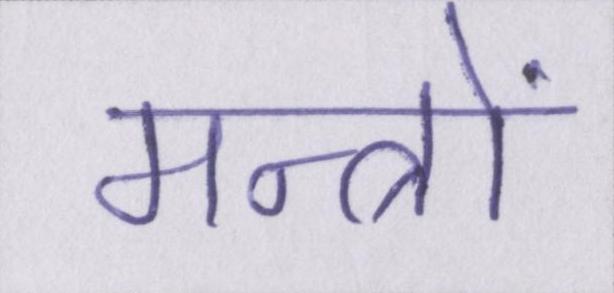
मन्त्रों